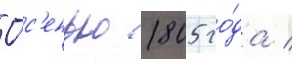
О́с'енью 1805 го́да /